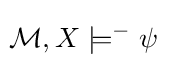
\!{\mathcal {M}},X\models ^{-}\psi